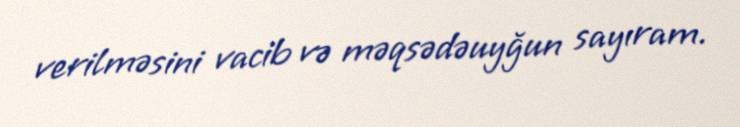
verilməsini vacib və məqsədəuyğun sayıram.